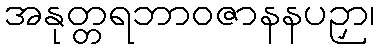
အနုတ္တရဘာဝဇာနနပဉှာ၊